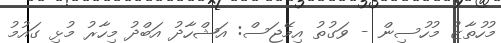
މުހުތާޒު މުހުސިން - ވަގުތު އިމޭޖަސް: އަޝްހާދު އަބްދު މިހާރު މުޅި ގައުމު